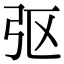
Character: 𫸩